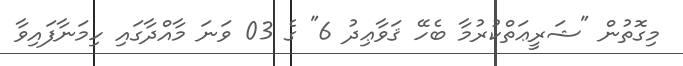
މިގޮތުން "ޝަރީޢަތްކުރުމާ ބެހޭ ޤަވާޢިދު 6" ގެ 03 ވަނަ މާއްދާގައި ހިމަނާފައިވާ